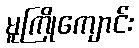
မူကြိုကျောင်း